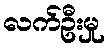
လက်ဦးမှု